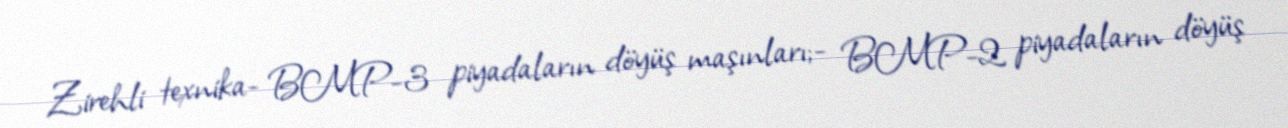
Zirehli texnika- BMP-3 piyadaların döyüş maşınları;- BMP-2 piyadaların döyüş